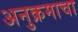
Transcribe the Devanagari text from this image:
अनुक्रमाचा